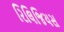
રિલિજિયસ